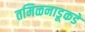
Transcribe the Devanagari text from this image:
तमिळनाडूकडे